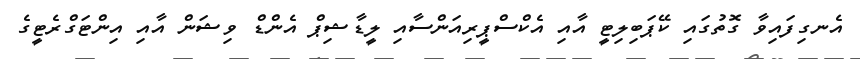
އެނގިފައިވާ ގޮތުގައި ކޭޕަބިލިޓީ އާއި އެކްސްޕީރިއަންސާއި ލީޑާޝިޕް އެންޑް ވިޝަން އާއި އިންޓަގްރެޓީގެ